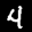
Label: 4